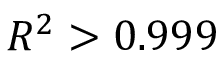
R ^ { 2 } > 0 . 9 9 9